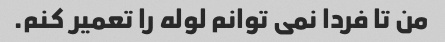
من تا فردا نمی توانم لوله را تعمیر کنم.